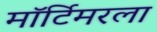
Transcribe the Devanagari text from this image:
मॉर्टिमरला